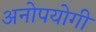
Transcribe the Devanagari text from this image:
अनोपयोगी